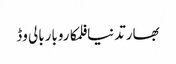
بھارتدنیافلمکاروباربالی وڈ